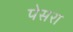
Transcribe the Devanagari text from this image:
पेसरा